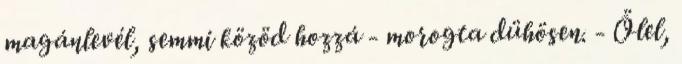
magánlevél, semmi közöd hozzá - morogta dühösen. - Ölel,